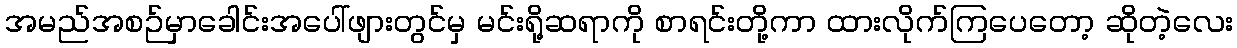
အမည်အစဉ်မှာခေါင်းအပေါ်ဖျားတွင်မှ မင်းရို့ဆရာကို စာရင်းတို့ကာ ထားလိုက်ကြပေတော့ ဆိုတဲ့လေး